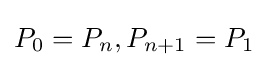
P_{0}=P_{n},P_{n+1}=P_{1}